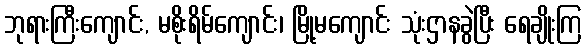
ဘုရားကြီးကျောင်း, မစိုးရိမ်ကျောင်း၊ မြို့မကျောင်း သုံးဌာနခွဲပြီး ရေချိုးကြ